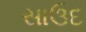
સાઉદ